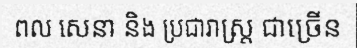
ពល សេនា និង ប្រជារាស្ត្រ ជាច្រើន